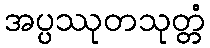
အပ္ပဿုတသုတ္တံ